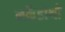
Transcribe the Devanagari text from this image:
मर्केडोथो